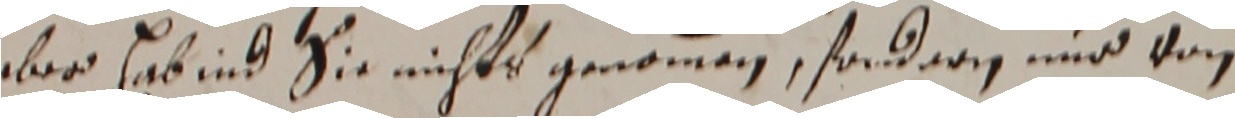
aber habind sie nichts genomen, sonderin und von